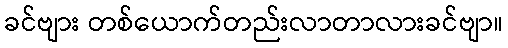
ခင်ဗျား တစ်ယောက်တည်းလာတာလားခင်ဗျာ။